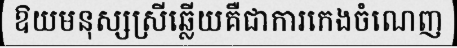
ឱយមនុស្សស្រីឆ្លើយគឺជាការកេងចំណេញ